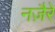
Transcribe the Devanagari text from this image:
नज़ैरे